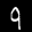
Label: 9